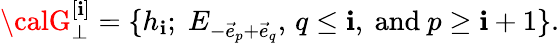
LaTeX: {\calG}_{\bot}^{[\mathbf{i}]}=\{ h_{\mathbf{i}};\; E_{-\vec{{e}}_{p}+\vec{{e}}_{q}},\, q\leq\mathbf{i},\mathrm{{~and~}}p\geq\mathbf{i}+1\} .